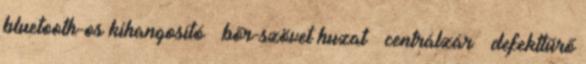
bluetooth-os kihangosító – bőr-szövet huzat – centrálzár – defekttűrő